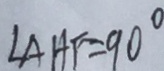
\angle A H F = 9 0 ^ { \circ }